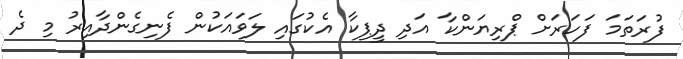
ފުރަތަމަ ފަހަރަށް ޕްރިޔަންކާ އަދި ދީޕިކާ އެކުގައި ލަވައަކުން ފެނިގެންދާއިރު މި ދެ